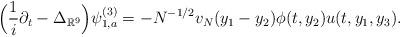
LaTeX: \begin{align*} \Big(\frac{1}{i}\partial_t-\Delta_{\mathbb{R}^9}\Big)\psi_{1,a}^{(3)}=-N^{-1/2}v_N(y_1-y_2)\phi(t,y_2)u(t,y_1,y_3).\end{align*}